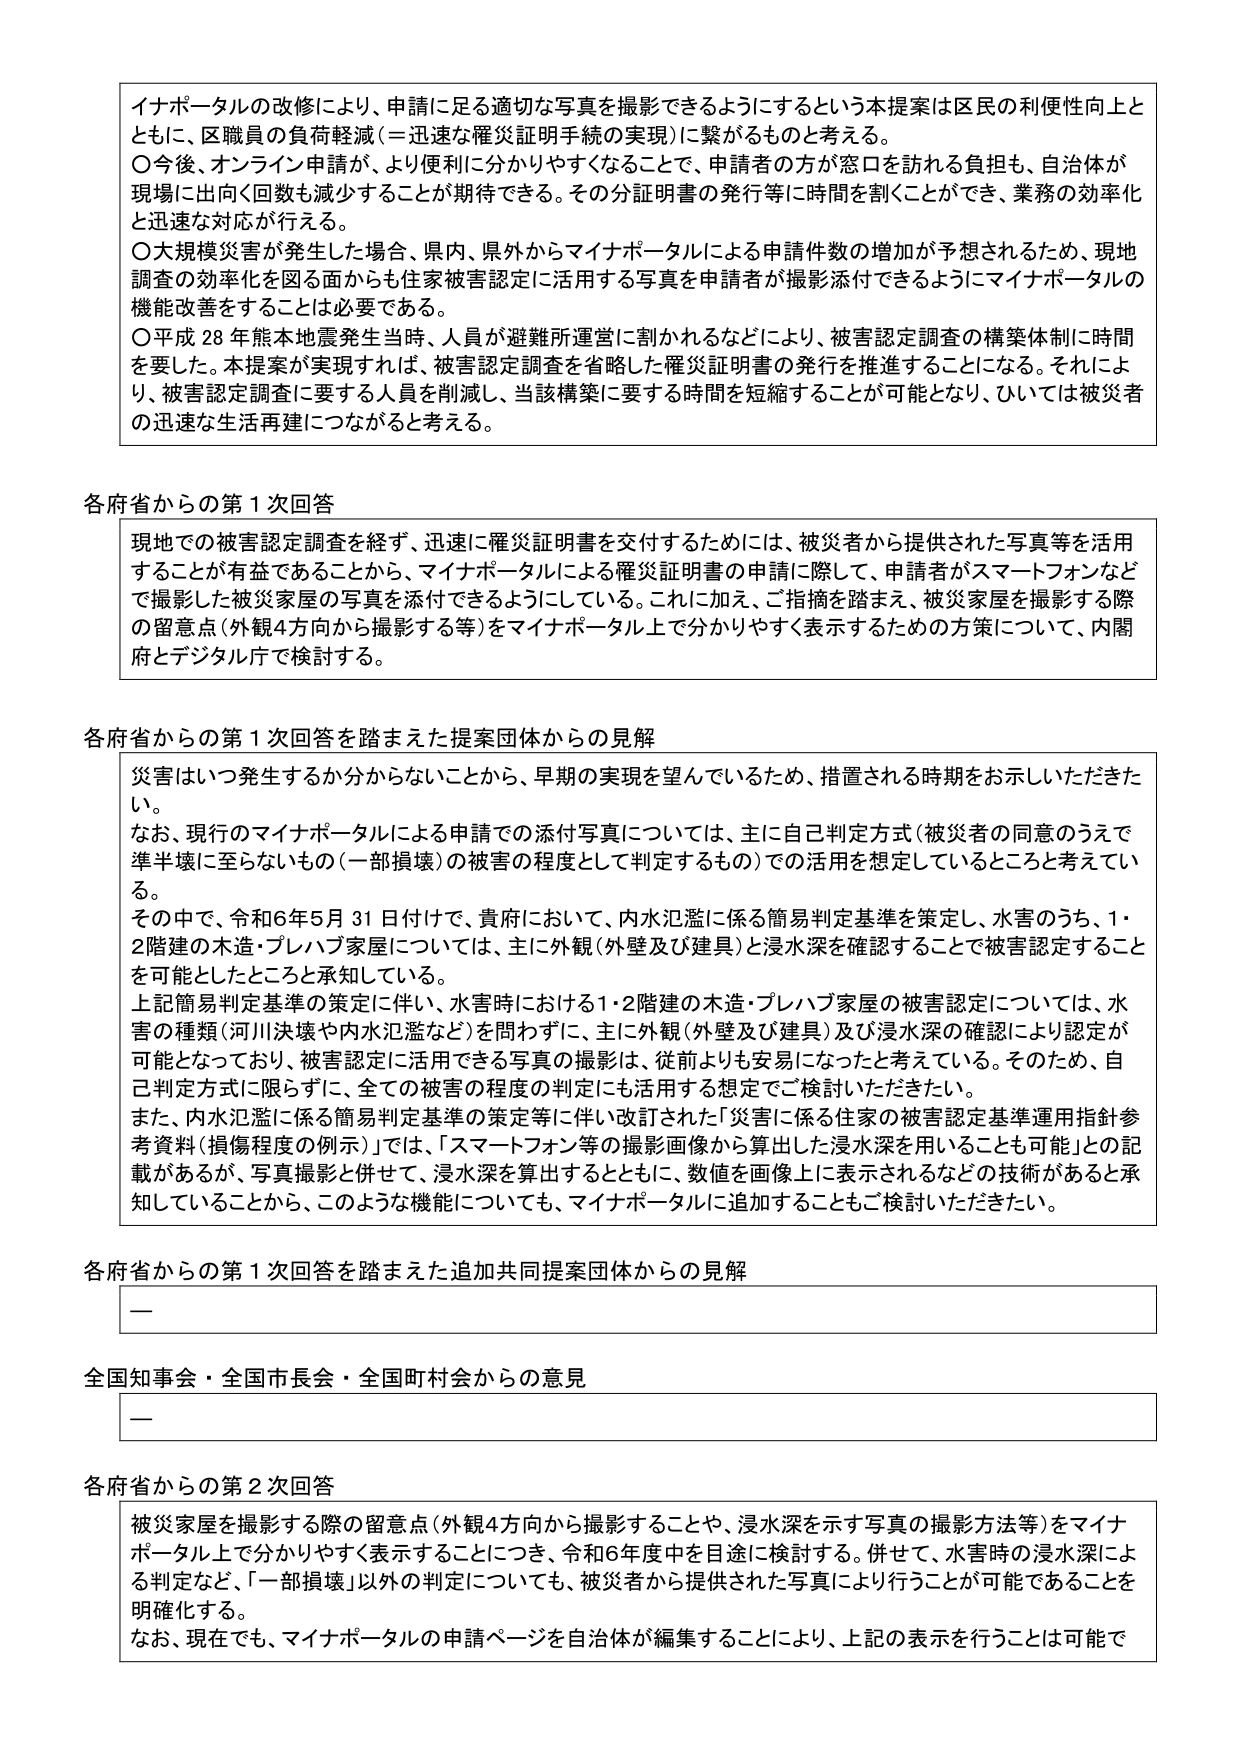
イナポータルの改修により、申請に足る適切な写真を撮影できるようにするという本提案は区民の利便性向上とともに、区職員の負荷軽減（＝迅速な罹災証明手続の実現）に繋がるものと考える。
〇今後、オンライン申請が、より便利に分かりやすくなることで、申請者の方が窓口を訪れる負担も、自治体が現場に出向く回数も減少することが期待できる。その分証明書の発行等に時間を割くことができ、業務の効率化と迅速な対応が行える。
〇大規模災害が発生した場合、県内、県外からマイナポータルによる申請件数の増加が予想されるため、現地調査の効率化を図る面からも住家被害認定に活用する写真を申請者が撮影添付できるようにマイナポータルの機能改善をすることは必要である。
〇平成28年熊本地震発生当時、人員が避難所運営に割かれるなどにより、被害認定調査の構築体制に時間を要した。本提案が実現すれば、被害認定調査を省略した罹災証明書の発行を推進することになる。それにより、被害認定調査に要する人員を削減し、当該構築に要する時間を短縮することが可能となり、ひいては被災者の迅速な生活再建につながると考える。

各府省からの第1次回答
現地での被害認定調査を経ず、迅速に罹災証明書を交付するためには、被災者から提供された写真等を活用することが有益であることから、マイナポータルによる罹災証明書の申請に際して、申請者がスマートフォンなどで撮影した被災家屋の写真を添付できるようにしている。これに加え、ご指摘を踏まえ、被災家屋を撮影する際の留意点（外観4方向から撮影する等）をマイナポータル上で分かりやすく表示するための方策について、内閣府とデジタル庁で検討する。

各府省からの第1次回答を踏まえた提案団体からの見解
災害はいつ発生するか分からないことから、早期の実現を望んでいるため、措置される時期をお示しいただきたい。
なお、現行のマイナポータルによる申請での添付写真については、主に自己判定方式（被災者の同意のうえで準半壊に至らないもの（一部損壊）の被害の程度として判定するもの）での活用を想定しているところと考えている。
その中で、令和6年5月31日付けで、貴府において、内水氾濫に係る簡易判定基準を策定し、水害のうち、1・2階建の木造・プレハブ家屋については、主に外観（外壁及び建具）と浸水深を確認することで被害認定することを可能としたところと承知している。
上記簡易判定基準の策定に伴い、水害時における1・2階建の木造・プレハブ家屋の被害認定については、水害の種類（河川決壊や内水氾濫など）を問わず、主に外観（外壁及び建具）及び浸水深の確認により認定が可能となっており、被害認定に活用できる写真の撮影は、従前よりも安易になったと考えている。そのため、自己判定方式に限らずに、全ての被害の程度の判定にも活用する想定でご検討いただきたい。
また、内水氾濫に係る簡易判定基準等に伴い改訂された「災害に係る住家の被害認定基準運用指針参考資料（損傷程度の例示）」では、「スマートフォン等の撮影画像から算出する浸水深を用いることも可能」との記載があるが、写真撮影と併せて、浸水深を算出するとともに、数値を画像上に表示されるなどの技術があると承知していることから、このような機能についても、マイナポータルに追加することもご検討いただきたい。

各府省からの第1次回答を踏まえた追加共同提案団体からの見解
—

全国知事会・全国市長会・全国町村会からの意見
—

各府省からの第2次回答
被災家屋を撮影する際の留意点（外観4方向から撮影することや、浸水深を示す写真の撮影方法等）をマイナポータル上で分かりやすく表示することにつき、令和6年度中を目途に検討する。併せて、水害時の浸水深による判定など、「一部損壊」以外の判定についても、被災者から提供された写真により行うことが可能であることを明確化する。
なお、現在でも、マイナポータルの申請ページを自治体が編集することにより、上記の表示を行うことは可能で